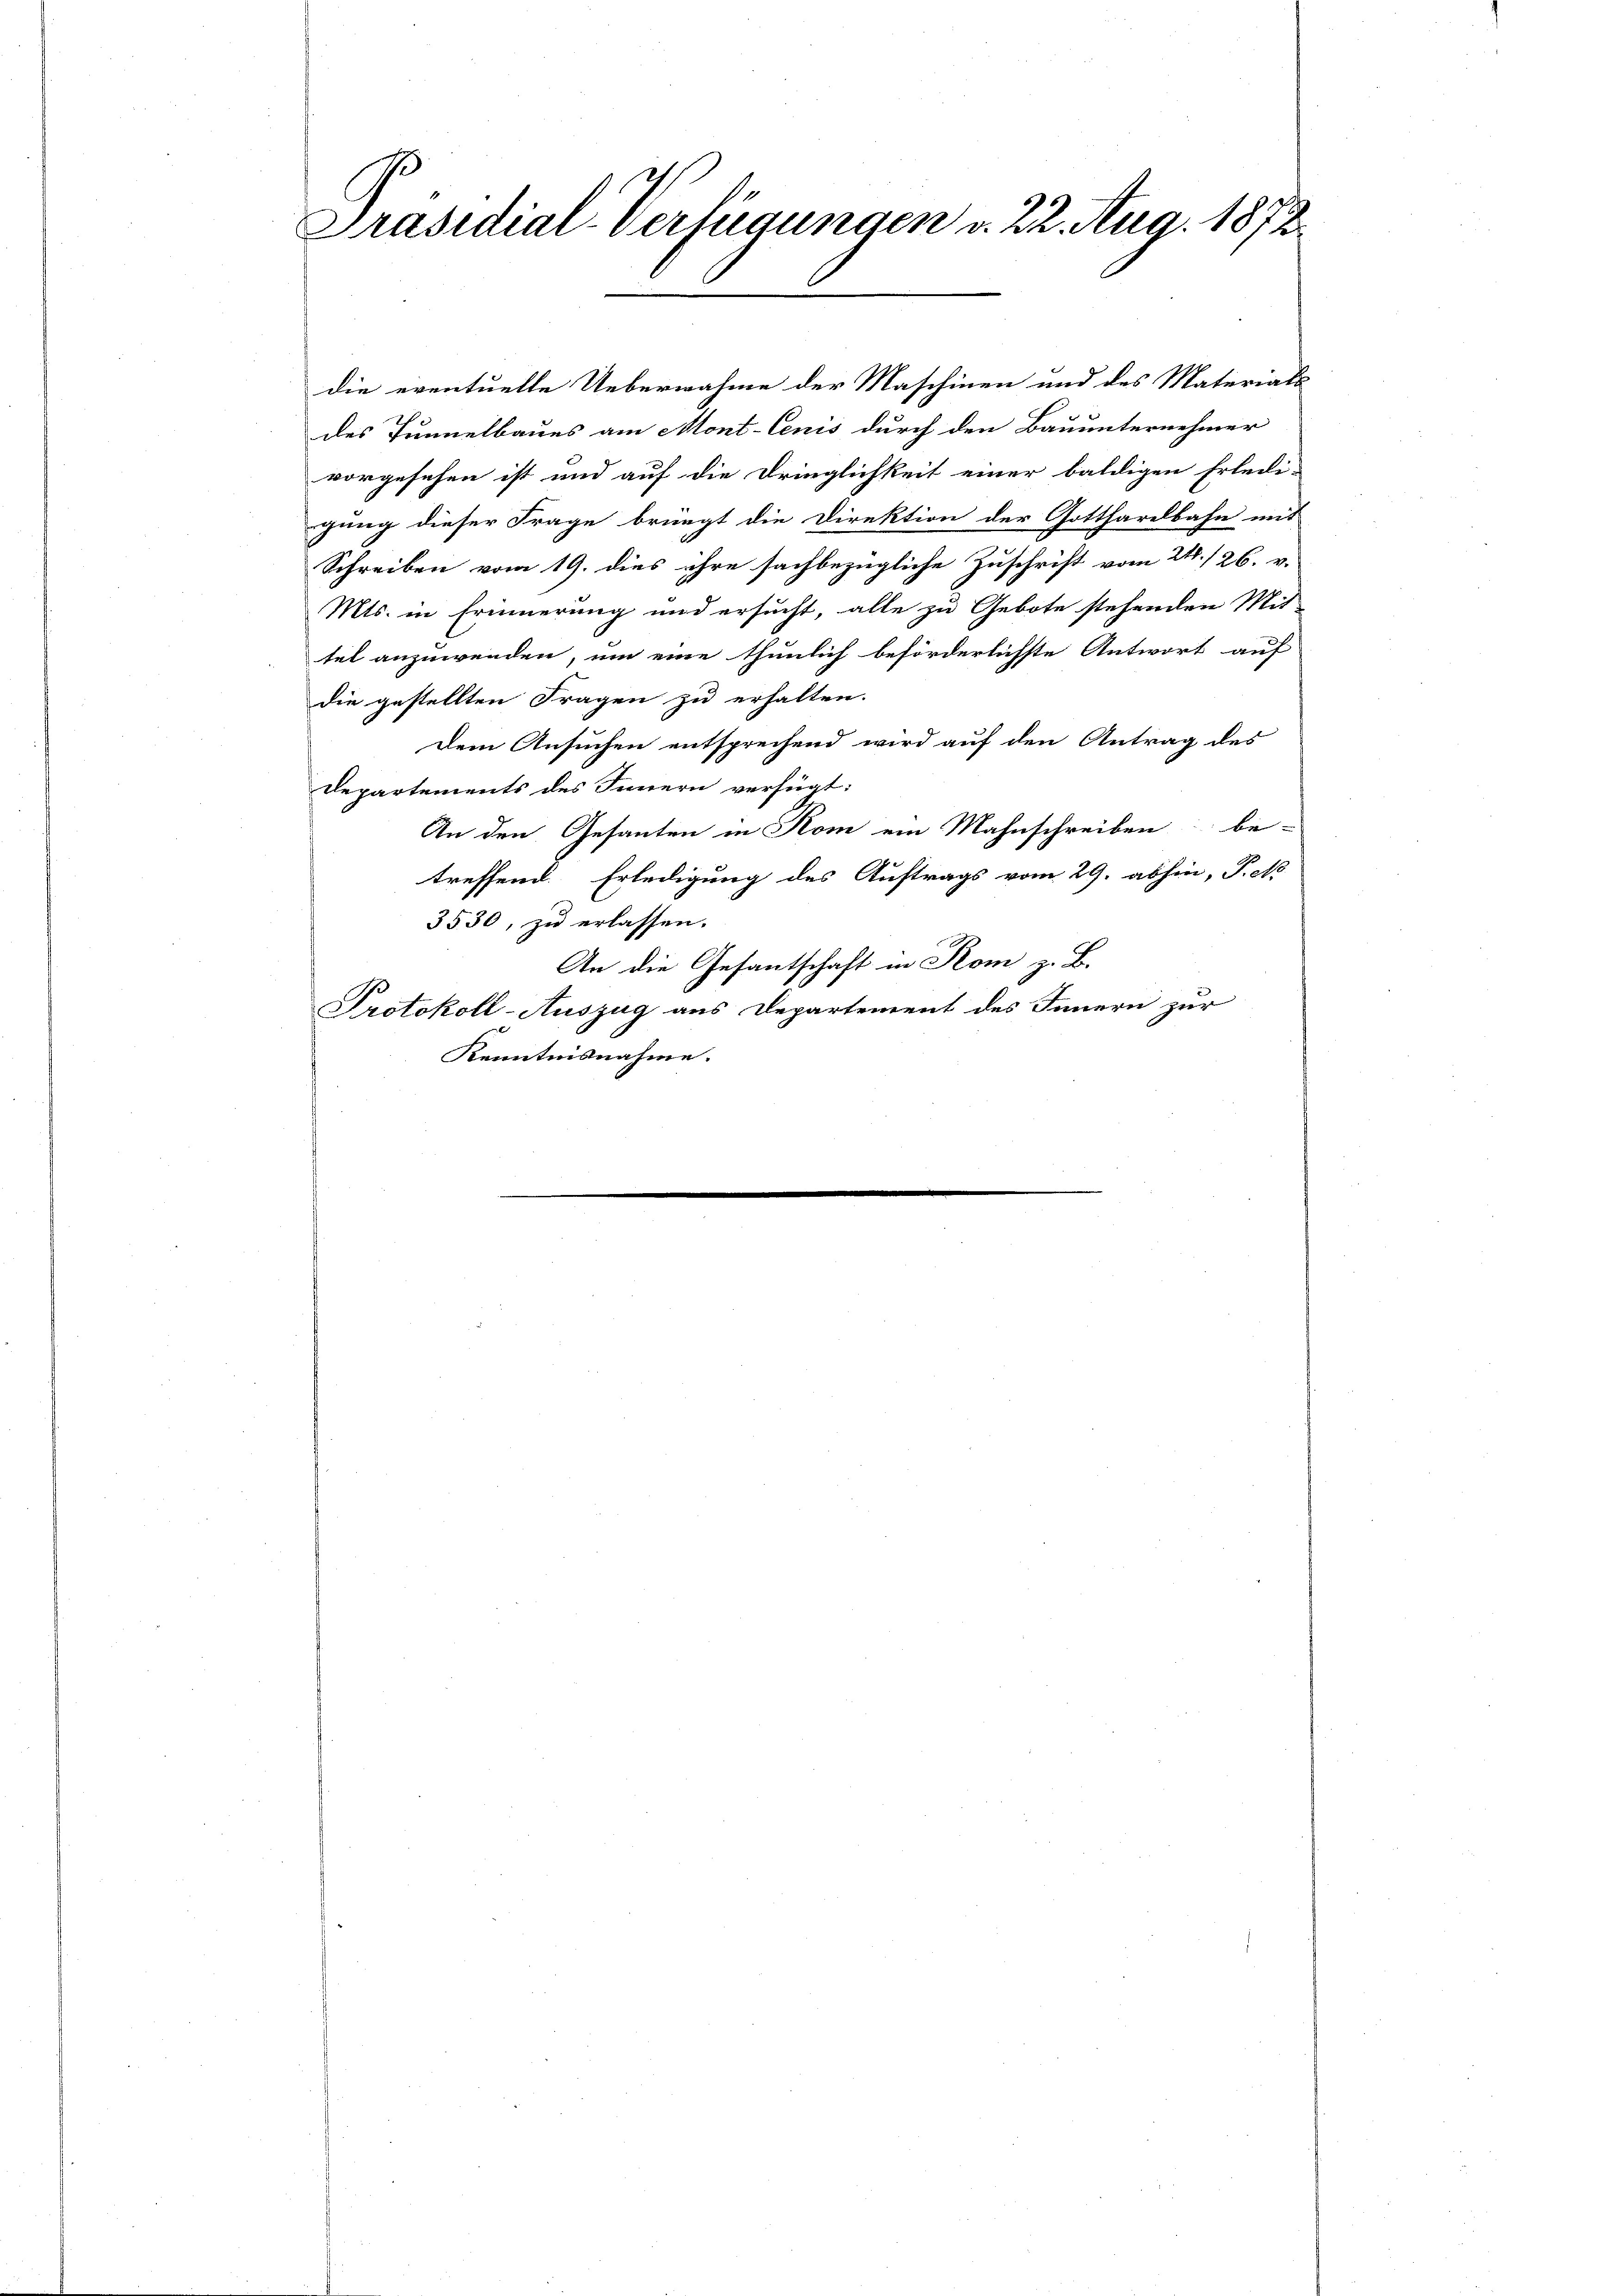
Präsidial-Verfügungen v. 22. Aug. 1872.

des Tunnelbaues am Mont-Cenis durch den Bauunternehmer
vorgesehen ist und auf die Dringlichkeit einer baldigen Erledi-
gung dieser Frage bringt die Direktion der Gottharelbahn mit
Schreiben vom 19. dies ihre sachbezügliche Zuschrift vom 24./26. v.
Mts. in Erinnerung und ersucht, alle zu Gebote stehenden Mit-
tel anzuwenden, um eine thunlich beförderlichste Antwort auf
die gestellten Fragen zu erhalten.
dem Ansuchen entsprechend wird auf den Antrag des
Departements des Innern verfügt:
An den Gesanten in Rom ein Mahnschreiben be-
treffend Erledigung des Auftrags vom 29. abhin, Fett
3530, zu erlassen.
An die Gesantschaft in Kom z. B.
Protokoll-Auszug aus Departement des Innern zur
Kenntnisnahme.

die eventuelle Uebernahme der Maschinen und des Materials